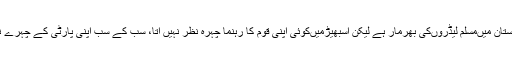
حالانکہ ہندوستان میںمسلم لیڈروںکی بھرمار ہے لیکن اسبھیڑمیںکوئی اپنی قوم کا رہنما چہرہ نظر نہیں آتا، سب کے سب اپنی پارٹی کے چہرے نظر آتے ہیں۔